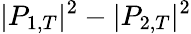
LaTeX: |P_{1,T}|^{2}-|P_{2,T}|^{2}